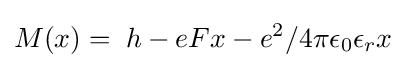
M(x)=\;h-eFx-e^{2}/4\pi \epsilon _{0}\epsilon _{r}x\;